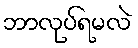
ဘာလုပ်ရမလဲ